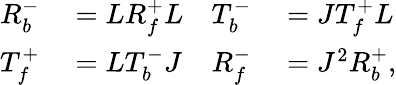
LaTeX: \begin{array}{rlrl}{R_{b}^{-}}&{{}=LR_{f}^{+}L}&{T_{b}^{-}}&{{}=JT_{f}^{+}L}\\ {T_{f}^{+}}&{{}=LT_{b}^{-}J}&{R_{f}^{-}}&{{}=J^{2}R_{b}^{+},}\end{array}